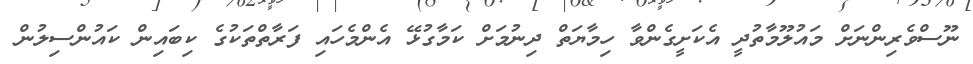
ނޫސްވެރިންނަށް މައުލޫމާތުދީ އެކަށީގެންވާ ހިމާޔަތް ދިނުމަށް ކަމާގުޅޭ އެންމެހައި ފަރާތްތަކުގެ ކިބައިން ކައުންސިލުން